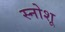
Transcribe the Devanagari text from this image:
स्नोशू